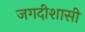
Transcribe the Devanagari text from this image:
जगदीशासी